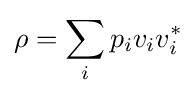
\rho =\sum _{i}p_{i}v_{i}v_{i}^{*}